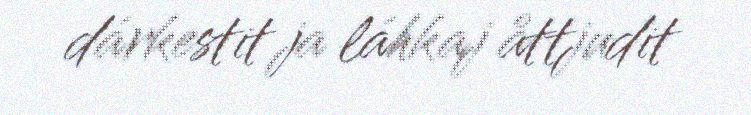
dárkestit ja láhkaj åttjudit